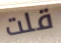
قلت